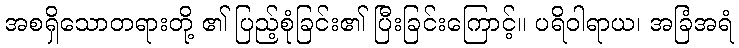
အစရှိသောတရားတို့ ၏ ပြည့်စုံခြင်း၏ ပြီးခြင်းကြောင့်။ ပရိဝါရာယ၊ အခြံအရံ